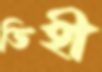
ডিহী